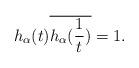
LaTeX: \begin{align*} {h_{\alpha}(t)} \overline{h_{\alpha}(\frac{1}{t})}=1. \end{align*}